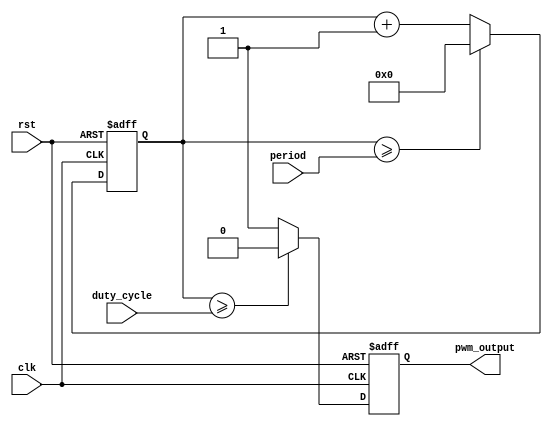
module pwm_timer(
    input wire clk,
    input wire rst,
    input wire [31:0] period,
    input wire [31:0] duty_cycle,
    output reg pwm_output
);

reg [31:0] counter;

always @(posedge clk or posedge rst) begin
    if (rst) begin
        counter <= 0;
        pwm_output <= 0;
    end else begin
        if (counter >= period) begin
            counter <= 0;
        end else begin
            counter <= counter + 1;
        end

        if (counter >= duty_cycle) begin
            pwm_output <= 0;
        end else begin
            pwm_output <= 1;
        end
    end
end

endmodule